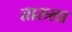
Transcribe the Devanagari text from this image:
तारुला